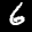
Label: 6